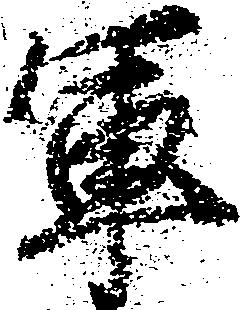
軍